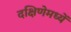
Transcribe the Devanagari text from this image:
दक्षिणेमध्यें